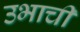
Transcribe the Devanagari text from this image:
उभाची